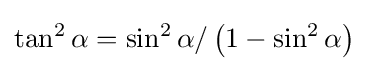
\tan ^{2}\alpha =\sin ^{2}\alpha /\left(1-\sin ^{2}\alpha \right)